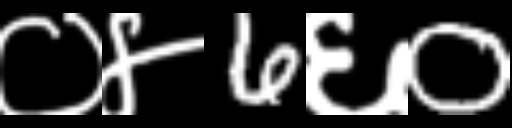
Text: ०४6६0